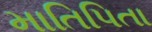
માતિપિતા